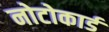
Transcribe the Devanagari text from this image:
नोटोकार्ड